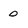
Character: 0